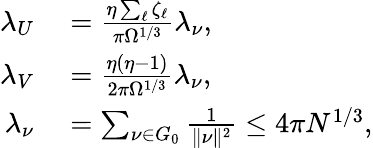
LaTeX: \begin{array}{rl}{\lambda_{U}}&{{}=\frac{\eta\sum_{\ell}\zeta_{\ell}}{\pi\Omega^{1/3}}\lambda_{\nu},}\\ {\lambda_{V}}&{{}=\frac{\eta(\eta-1)}{2\pi\Omega^{1/3}}\lambda_{\nu},}\\ {\lambda_{\nu}}&{{}=\sum_{\nu\in G_{0}}\frac 1{\| \nu\| ^{2}}\le 4\pi N^{1/3},}\end{array}